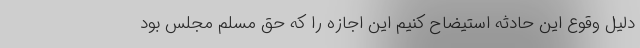
دلیل وقوع این حادثه استیضاح کنیم این اجازه را که حق مسلم مجلس بود